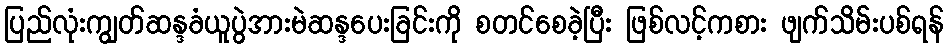
ပြည်လုံးကျွတ်ဆန္ဒခံယူပွဲအားမဲဆန္ဒပေးခြင်းကို စတင်စေခဲ့ပြီး ဖြစ်လင့်ကစား ဖျက်သိမ်းပစ်ရန်